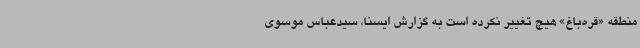
منطقه «قره‌باغ» هیچ تغییر نکرده است به گزارش ایسنا، سیدعباس موسوی